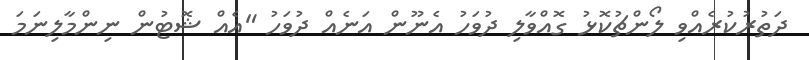
ދަތުރުކުރެއްވި ލޯންޗުކޮޅު ގޮއްވާލި ދުވަހު އެނޫން އަނެއް ދުވަހު "އެއް ޝޮޓުން ނިންމާލިނަމަ